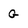
Character: G